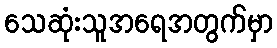
သေဆုံးသူအရေအတွက်မှာ